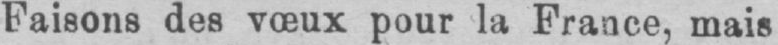
Faisons des vœux pour la France, mais